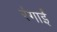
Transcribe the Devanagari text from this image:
रंगाईं